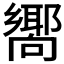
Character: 𪢞